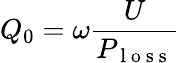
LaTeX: Q_{0}=\omega\frac{U}{P_{\mathrm{~l~o~s~s~}}}